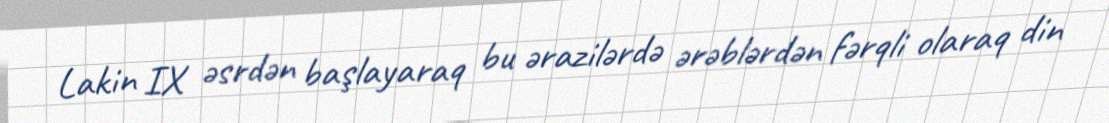
Lakin IX əsrdən başlayaraq bu ərazilərdə ərəblərdən fərqli olaraq din